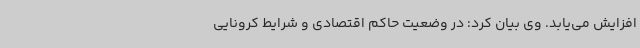
افزایش می‌یابد. وی بیان کرد: در وضعیت حاکم اقتصادی و شرایط کرونایی